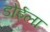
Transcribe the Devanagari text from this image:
डोईला